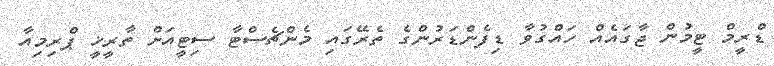
ޑްރީމް ޓީމުން ޖާގައެއް ހައްގުވާ ޑިފެންޑަރުންގެ ތެރޭގައި މެންޗެސްޓާ ސިޓީއަށް ތާރީޚީ ޕްރިމިއާ